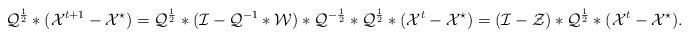
LaTeX: \begin{align*}\mathcal{Q}^{\frac{1}{2}}*(\mathcal{X}^{t+1}-\mathcal{X}^{\star})&=\mathcal{Q}^{\frac{1}{2}}*(\mathcal{I}-\mathcal{Q}^{-1}*\mathcal{W})*\mathcal{Q}^{-\frac{1}{2}}*\mathcal{Q}^{\frac{1}{2}}*(\mathcal{X}^{t}-\mathcal{X}^{\star})=(\mathcal{I}-\mathcal{Z})*\mathcal{Q}^{\frac{1}{2}}*(\mathcal{X}^{t}-\mathcal{X}^{\star}).\end{align*}